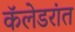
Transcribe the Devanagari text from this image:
कॅलेडरांत